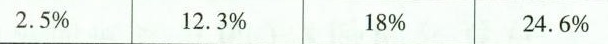
2.5% 12.3% 18% 24.6%